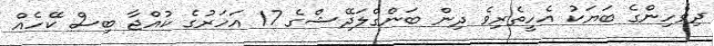
ދިވެހިންގެ ބަޔަކު އެހީތެރިވެ ދިން ބަންގްލަދޭޝްގެ 17 އަހަރުގެ ކުއްޖާ ބިސް ކޭހެއް